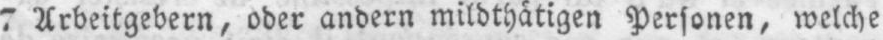
7 Arbeitgebern, oder andern mildthätigen Personen, welche